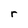
Character: r